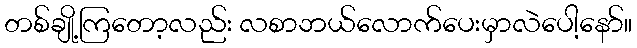
တစ်ချို့ကြတော့လည်း လစာဘယ်လောက်ပေးမှာလဲပေါ့နော်။